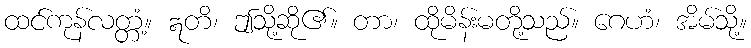
ထင်ကုန်လတ္တံ့။ ဣတိ၊ ဤသို့ဆို၏။ တာ၊ ထိုမိန်းမတို့သည်။ ဂေဟံ၊ အိမ်သို့။